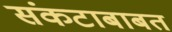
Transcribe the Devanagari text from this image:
संकटाबाबत